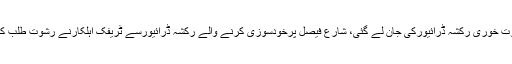
دوسری طرف عالم یہ ہے کہ کراچی میں ٹریفک پولیس کی مبینہ رشوت خوری رکشہ ڈرائیورکی جان لے گئی، شارع فیصل پرخودسوزی کرنے والے رکشہ ڈرائیورسے ٹریفک اہلکارنے رشوت طلب کی رشوت سے انکارکرنے پراس کاچالان کردیا اوروہ دلبرداشتہ ہوگیا۔